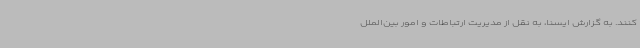
کنند. به گزارش ایسنا، به نقل از مدیریت ارتباطات و امور بین‌الملل